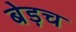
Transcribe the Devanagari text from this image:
बेड़च